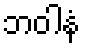
ဘဝါနံ